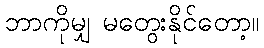
ဘာကိုမျှ မတွေးနိုင်တော့။